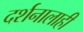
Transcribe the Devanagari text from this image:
दर्शनालाही